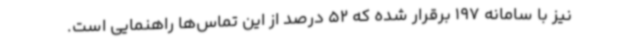
نیز با سامانه 197 برقرار شده که 52 درصد از این تماس‌ها راهنمایی است.